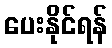
ပေးနိုင်ရန်